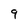
Character: 9